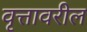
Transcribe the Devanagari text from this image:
वृत्तावरील